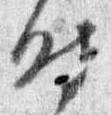
時